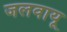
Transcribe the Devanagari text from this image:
जलवायू